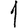
Digit: 1